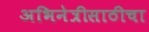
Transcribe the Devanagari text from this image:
अभिनेत्रीसाठीचा